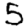
Digit: 5